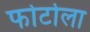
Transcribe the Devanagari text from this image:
फोटोला